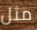
مثل